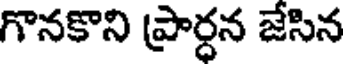
గొనకొని ప్రార్ధన జేసిన